Lunatic asylums Central Provinces reports 1895-1909 - 1895-1909
Year: 1895
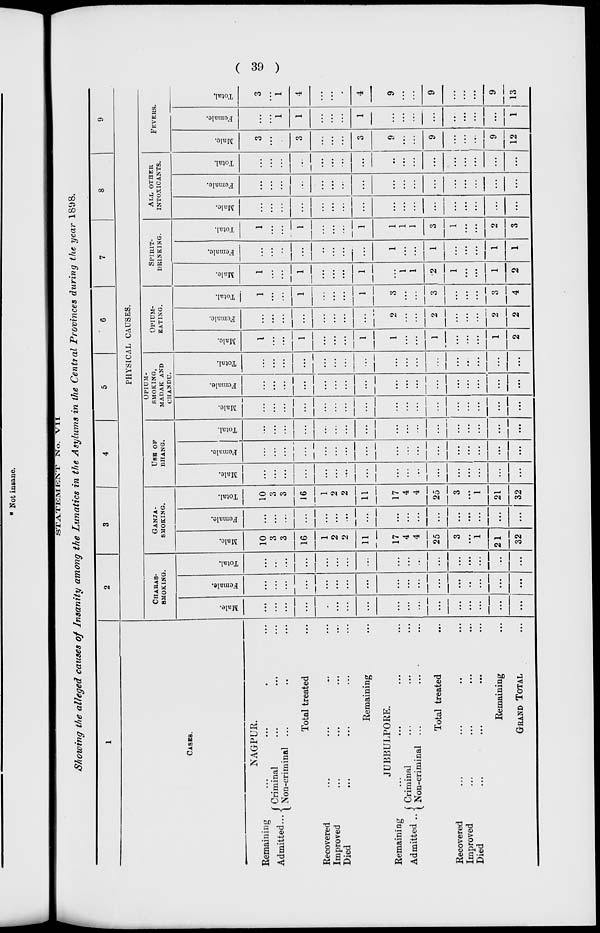
( 39 )
STATEMENT No. VII
Showing the alleged causes of Insanity among the Lunatics in the Asylums in the Central Provinces during the year 1898.
1
CASES.
NAGPUR.
Remaining ... ... ... ...
Admitted ... Criminal ... ... ...
Non-criminal ... ... ...
Total treated ... ... ... ...
Recovered ... ... ... ...
Improved ... ... ... ...
Died ... ... ... ...
Remaining ...
JUBBULPORE.
Remaining ... ... ... ...
Admitted ... Criminal ... ... ...
Non-criminal ... ... ...
Total treated ...
Recovered
...
...
...
...
Improved ... ... ... ...
Died ... ... ... ...
Remaining ...
GRAND TOTAL ...
2
3
4
5
6
7
8
9
PHYSICAL CAUSES.
CHARAS-
SMOKING.
Male.
...
...
...
...
...
...
...
...
...
...
...
...
...
...
...
...
Female.
...
...
...
...
...
...
...
...
...
...
...
...
...
...
...
...
...
Total.
...
...
...
...
...
...
...
...
...
...
...
...
...
...
...
...
...
GANJA-
SMOKING.
Male.
10
3
3
16
1
2
2
11
17
4
4
25
3
...
1
21
32
Female.
...
...
...
...
...
...
...
...
...
...
...
...
...
...
...
...
...
Total.
10
3
3
16
1
2
2
11
17
4
4
25
3
...
1
21
32
USB OF
BHANG.
Male.
...
...
...
...
...
...
...
...
...
...
...
...
...
...
...
...
...
Female.
...
...
...
...
...
...
...
...
...
...
...
...
...
...
...
...
...
Total.
...
...
...
...
...
...
...
...
...
...
...
...
...
...
...
...
...
OPIUM-
SMOKING,
MADAK AND
CHANDU.
Male.
...
...
...
...
...
...
...
...
...
...
...
...
...
...
...
...
...
Female.
...
...
...
...
...
...
...
...
...
...
...
...
...
...
...
...
...
Total.
...
...
...
...
...
...
...
...
...
...
...
...
...
...
...
...
...
OPIUM-
EATING.
Male.
1
...
...
1
...
...
...
1
1
...
...
1
...
...
...
1
2
Female.
...
...
...
...
...
...
...
...
2
...
...
2
...
...
...
2
2
Total.
1
...
...
1
...
...
...
1
3
...
...
3
...
...
...
3
4
SPIRIT-
DRINKING.
Male.
1
...
...
1
...
...
...
1
...
1
1
2
1
...
...
1
2
Female.
...
...
...
...
...
...
...
...
1
...
...
1
...
...
...
1
1
Total.
1
...
...
1
...
...
...
1
1
1
1
3
1
...
...
2
3
ALL OTHER
INTOXICANTS.
Male.
...
...
...
...
...
...
...
...
...
...
...
...
...
...
...
...
...
Female.
...
...
...
...
...
...
...
...
...
...
...
...
...
...
...
...
...
Total.
...
...
...
...
...
...
...
...
...
...
...
...
...
...
...
...
...
FEVERS.
Male.
3
...
...
3
...
...
...
3
9
...
...
9
...
...
...
9
12
Female.
...
...
1
1
...
...
...
1
...
...
...
...
...
...
...
...
1
Total.
3
...
1
4
...
...
...
4
9
...
...
9
...
...
...
9
13